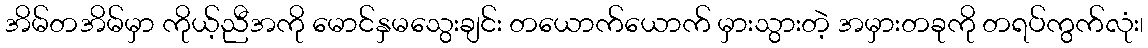
အိမ်တအိမ်မှာ ကိုယ့်ညီအကို မောင်နှမသွေးချင်း တယောက်ယောက် မှားသွားတဲ့ အမှားတခုကို တရပ်ကွက်လုံး၊